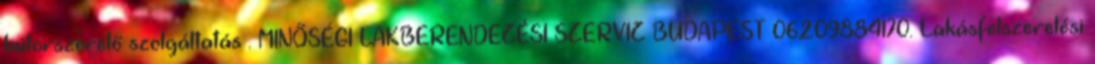
bútorszerelő szolgáltatás . MINŐSÉGI LAKBERENDEZÉSI SZERVIZ BUDAPEST 06209884170. Lakásfelszerelési